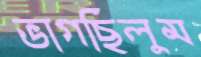
ভাগছিলুম